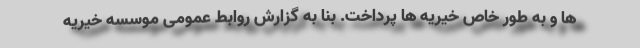
ها و به طور خاص خیریه ها پرداخت. بنا به گزارش روابط عمومی موسسه خیریه